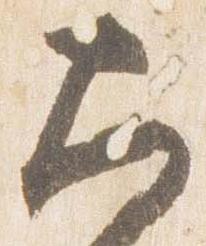
大